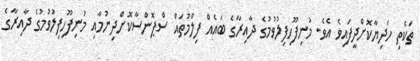
ތަކެތި ހަދިޔާކޮށްދީފައިވެ އެވެ. މުނިފޫހިފިލުވުމުގެ ދާއިރާގެ ބައެއް ފިލްމުތައް ސްޕޮންސާކޮށްދިނުމާއި މުނިފޫހިފިލުވުމުގެ ދާއިރާގެ